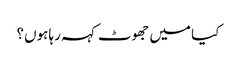
کیا میں جھوٹ کہہ رہا ہوں؟